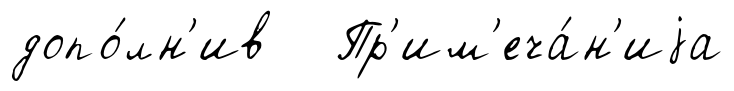
допо́лн'ив Пр'им'еча́н'иjа